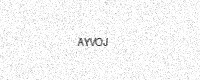
Text: AYVOJ